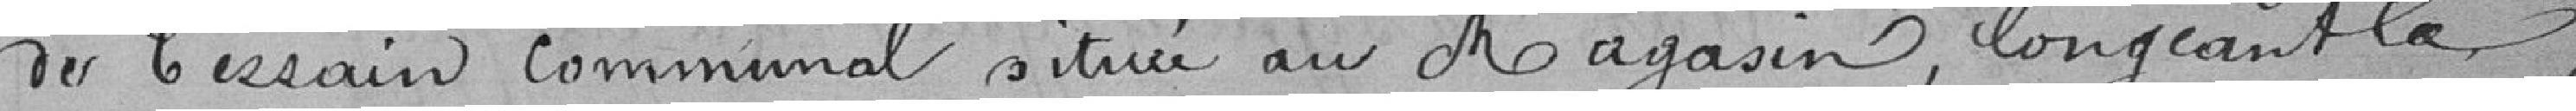
de terrain communal situé au magasin longeant la